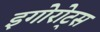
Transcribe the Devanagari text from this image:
इगोरोट्स